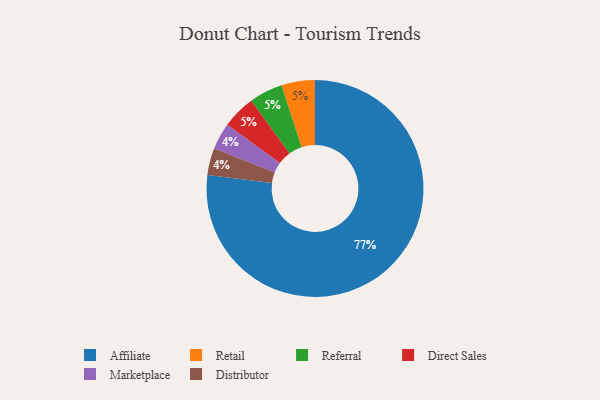
{"axis": {"x": "Category", "y": "Percentage"}, "legend": ["Affiliate", "Direct Sales", "Distributor", "Marketplace", "Referral", "Retail"], "data": [{"x": "Retail", "y": 5, "type": "Retail"}, {"x": "Referral", "y": 5, "type": "Referral"}, {"x": "Direct Sales", "y": 5, "type": "Direct Sales"}, {"x": "Affiliate", "y": 77, "type": "Affiliate"}, {"x": "Marketplace", "y": 4, "type": "Marketplace"}, {"x": "Distributor", "y": 4, "type": "Distributor"}]}